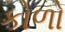
કોળો